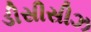
ડીસીસીઝ